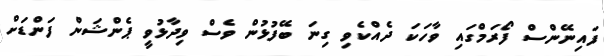
ފައިނޭންސް ފޯރަމްގައި ވާހަކަ ދެއްކެވި ގިނަ ބޭފުޅުން ވެސް ވިދާޅުވީ ޕެންޝަން ފަންޑަށް